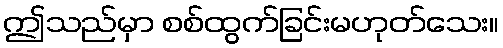
ဤသည်မှာ စစ်ထွက်ခြင်းမဟုတ်သေး။